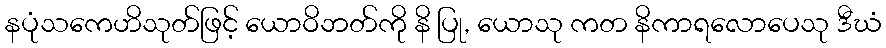
နပုံသကေဟိသုတ်ဖြင့် ယောဝိဘတ်ကို နိ ပြု, ယောသု ကတ နိကာရလောပေသု ဒီဃံ